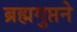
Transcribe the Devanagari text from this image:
ब्रह्मगुप्तने